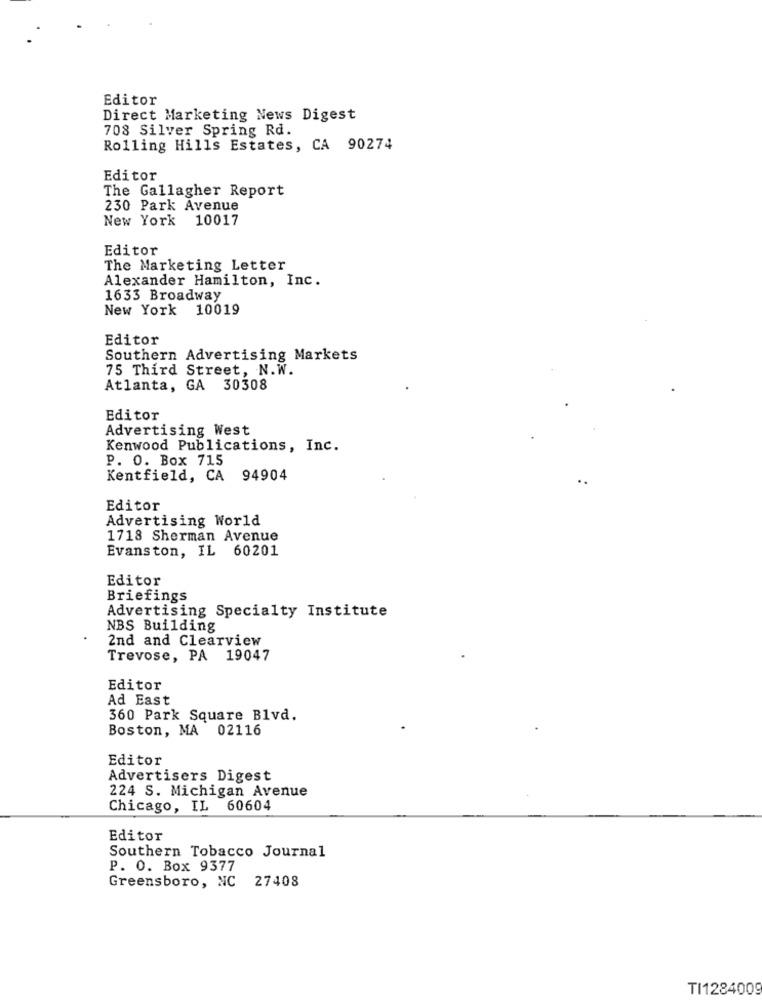
Editor
Direct Marketing News Digest
708 Silver Spring Rd.
Rolling Hills Estates, CA 90274
Editor
The Gallagher Report
230 Park Avenue
New York 10017
Editor
The Marketing Letter
Alexander Hamilton, Inc.
1633 Broadway
New York
10019
Editor
Southern Advertising Markets
75 Third Street, N.W.
Atlanta, GA 30308
Editor
Advertising West
Kenwood Publications, Inc.
P. O. Box 715
Kentfield, CA 94904
Editor
Advertising World
1718 Sherman Avenue
Evanston, IL 60201
Editor
Briefings
Advertising Specialty Institute
NBS Building
2nd and Clearview
Trevose, PA 19047
Editor
Ad East
360 Park Square Blvd.
Boston, MA 02116
Editor
Advertisers Digest
224 S. Michigan Avenue
Chicago, IL 60604
Editor
Southern Tobacco Journal
P. O. Box 9377
Greensboro, NC 27408
TI1284009